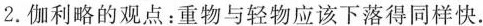
2.伽利略的观点：重物与轻物应该下落得同样快.